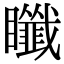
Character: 𥍀